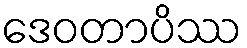
ဒေဝတာပိဿ